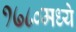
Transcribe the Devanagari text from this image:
१७८०मध्ये